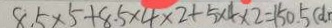
8 . 5 \times 5 + 8 . 5 \times 4 \times 2 + 5 \times 4 \times 2 = 1 5 0 . 5 ( d